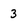
Character: 3